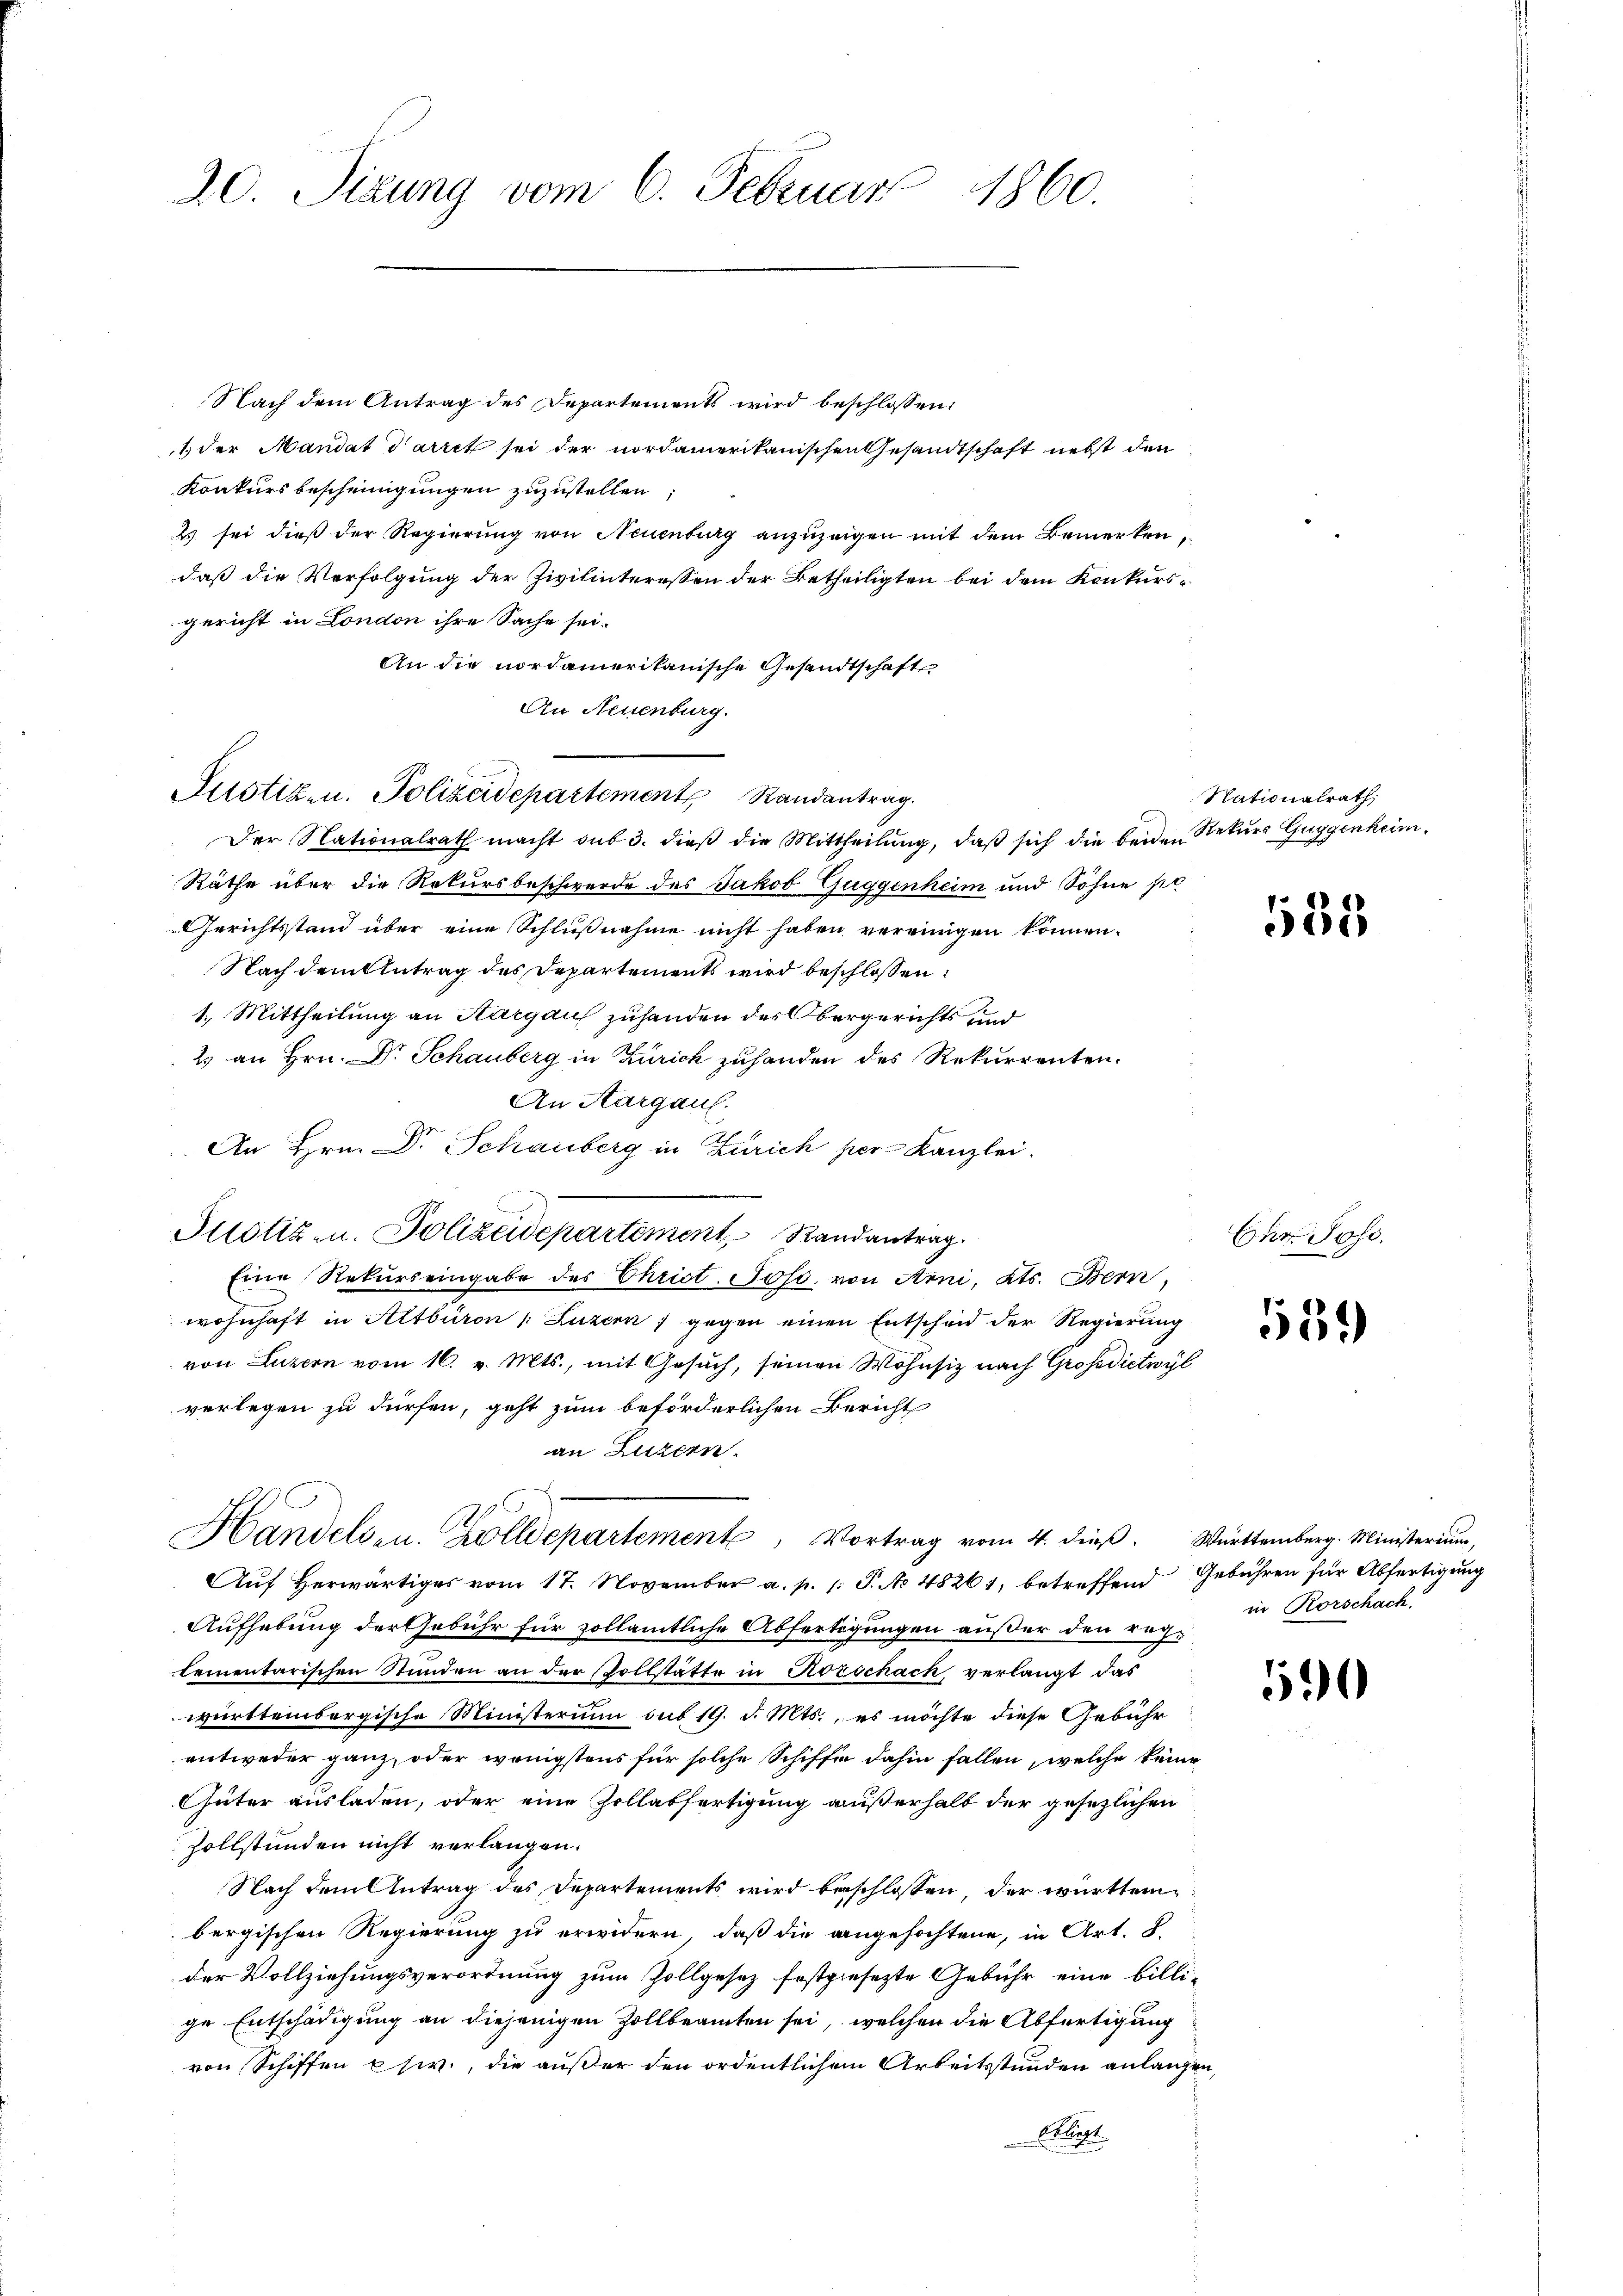
20. Sizung vom 6. Februar 1860.

Nach dem Antrag des Departements wird beschlossen:
1 der Mandat Parret sei der nordamerikanischen Gesandtschaft nebst den
Konkurs bescheinigungen zuzustellen;
2 sei dieß der Regierung von Neuenburg anzuzeigen mit dem Bemerken,
daß die Verfolgung der Zivilinteressen der Betheiligten bei dem Konkursgericht in London ihre Sache sei.
An die nordamerikanische Gesandtschaft
An Neuenburg.
Der Nationalrath macht sub 3. dieß die Mittheilung, daß sich die beiden Rekurs Guggenheim.
Räthe über die Rekursbeschwerde des Jakob Guggenheim und Söhne pr
Gerichtsstand über eine Schlußnahme nicht haben vereinigen können.
Nach dem Antrag des Departements wird beschlossen:
1. Mittheilung an Kargau zuhanden des Obergerichts und
2 an Hrn. Dr Schauberg in Zürich zuhanden des Rekurrenten.
An Aargaul.
An Hrn. Dr Schauberg in Zürich per Kanzlei.
Justiz- u. Polizeidepartement Randantrag.
Eine Rekurs eingabe des Christ. Joso. von Arni, Kts. Bern,
wohnhaft in Altburon Luzern gegen einen Entscheid der Regierung
von Luzern vom 16. v. Mts., mit Gesuch, seinen Wohnsiz nach Grosedictwyl
verlegen zu dürfen, geht zum beförderlichen Bericht
an Luzern.
Handelsen. Zolldepartement, Vortrag vom 4. dieß. Württemberg. Ministerium,
Auf herwärtiges vom 17. November a. p. 1. P. No 48261, betreffend Gebühren für Abfertigung
Aufhebung der Gebühr für zollämtliche Abfertigungen außer den reglementarischen Stunden an der Vollstätte in Rorschach, verlangt das
württembergische Ministerium sub 19. d. Mts., es möchte diese Gebühr
entweder ganz, oder wenigstens für solche Schiffe dahin fallen, welche keine
Güter ausladen, oder eine Zollabfertigung außerhalt der gesezlichen
sollstunden nicht verlangen.
Nach dem Antrag des Departements wird beschlossen, der württembergischen Regierung zu erwidern, daß die angefochtene, in Art. 8
der Vollziehungsverordnung zum Zollgesez festgesezte Gebühr eine billige Entschädigung an diejenigen Zollbeamten sei, welchen die Abfertigung
von Schiffen usw., die außer den ordentlichen Arbeitsstunden anlangen,
Abliegt

Justizen. Polizeidepartement Randantrag.

Nationalrath,

585

Cur. Jose

539

in Rorschach.

90